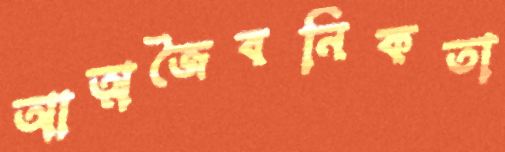
আত্মজৈবনিকতা